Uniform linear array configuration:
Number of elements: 8
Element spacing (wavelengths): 0.25
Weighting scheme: cosine
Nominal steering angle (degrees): -15
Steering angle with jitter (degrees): -13.705
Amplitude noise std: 0.05
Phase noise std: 0.05

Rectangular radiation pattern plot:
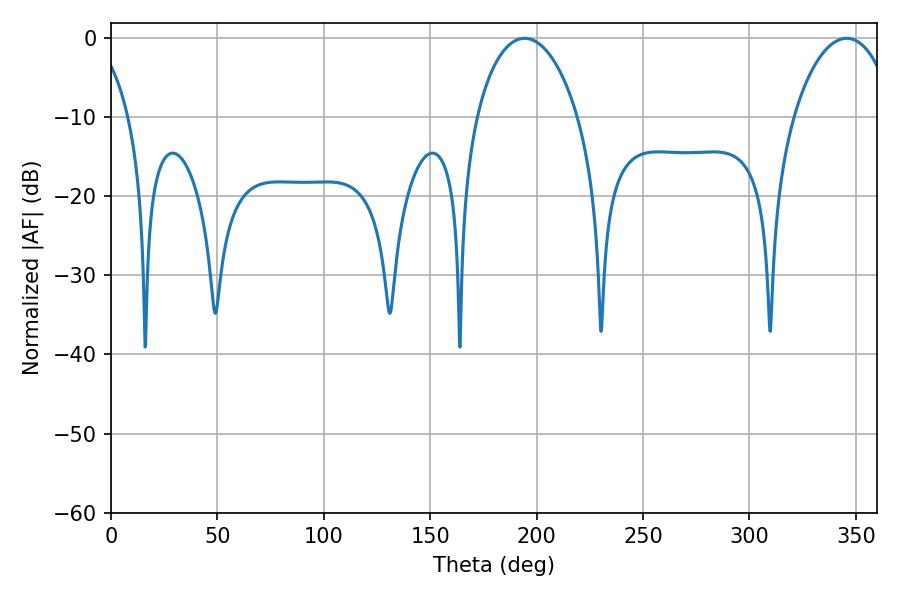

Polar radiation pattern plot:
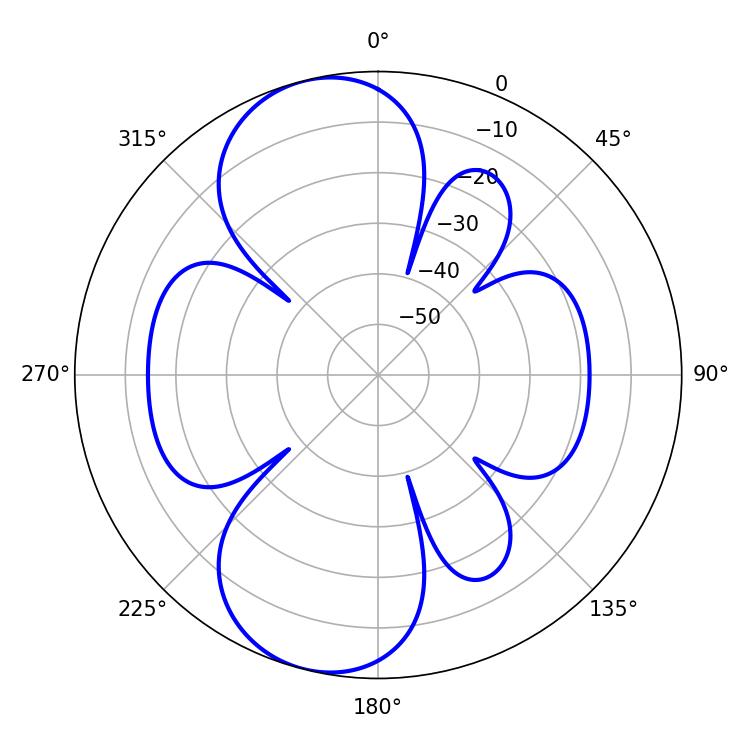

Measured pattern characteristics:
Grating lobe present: FALSE
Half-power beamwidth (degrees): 27.36
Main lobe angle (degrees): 194.4